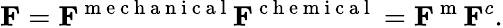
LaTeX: {\mathbf F}={\mathbf F}^{\mathrm{~m~e~c~h~a~n~i~c~a~l~}}{\mathbf F}^{\mathrm{~c~h~e~m~i~c~a~l~}}={\mathbf F}^{\mathrm{~m~}}{\mathbf F}^{c}.